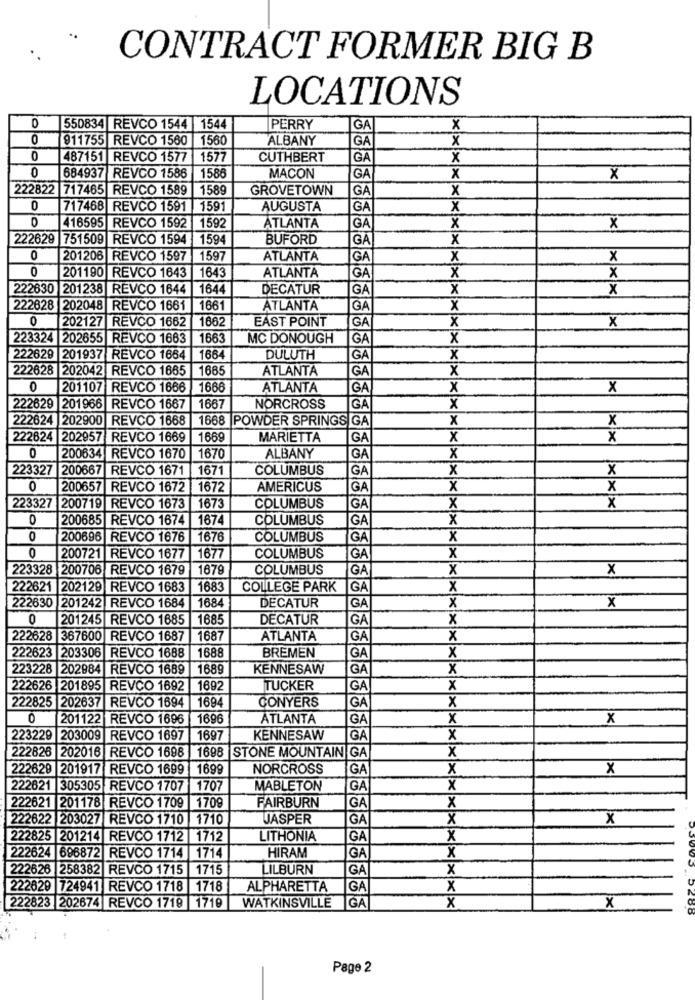
CONTRACT FORMER BIG B
LOCATIONS
0
550834 REVCO 1544 1544
PERRY
GA
X
0
911755 REVCO 1560 1560
ALBANY
GA
x
0
487151 REVCO 1577
1577
CUTHBERT
GA
X
0
684937 REVCO 1586
1586
MACON
GA
x
X
222822 717465 REVCO 1589
1589
GROVETOWN
GA
X
0
717468 REVCO 1591 1591
AUGUSTA
GA
x
0
416595 REVCO 1592 1592
ATLANTA
GA
x
X
222629 751509 REVCO 1594
1594
BUFORD
GA
X
0
201206 REVCO 1597
| 1597
ATLANTA
GA
x
x
0
201190 REVCO 1643
1643
ATLANTA
X
GA
x
222630 201238 REVCO 1644
1644
DECATUR
GA
x
x
222628 202048 REVCO 1661 1661
ATLANTA
GA
X
202127 REVCO 1662
1662
EAST POINT
GA
x
0
X
223324 202655 REVCO 1663
1663
MC DONOUGH
GA
x
222629 201937 REVCO 1664
166
DULUTH
GA
x
222628 202042 REVCO 1665
1665
ATLANTA
GA
x
0
201107 REVCO 1666
1666
ATLANTA
GA
x
x
222629 201966 REVCO 1667
1667
NORCROSS
GA
x
222624 202900 REVCO 1668
1668
POWDER SPRINGS GA
x
X
222624 202957 REVCO 1669
1669
MARIETTA
GA
X
x
0
200634|REVCO 1670
1670
ALBANY
GA
x
223327
200667 REVCO 1671
1671
COLUMBUS
GA
x
x
0
200657 REVCO 1672 1672
AMERICUS
GA
x
x
223327
200719 REVCO 1673
1673
COLUMBUS
GA
x
x
0
200685 REVCO 1674
1674
COLUMBUS
GA
X
0
200696 REVCO 1676 1676
COLUMBUS
GA
x
0
200721 REVCO 1677
1677
COLUMBUS
GA
x
223328 200706 REVCO 1679
1679
COLUMBUS
GA
X
x
222621 202129 REVCO 1683
1683
COLLEGE PARK
GA
X
DECATUR
GA
x
x
222630 201242 REVCO 1684
1684
0
201245 REVCO 1685
1685
DECATUR
GA
x
222628 367600 REVCO 1687
1687
ATLANTA
GA
x
1688
BREMEN
x
222623 203306 REVCO 1688
GA
223228
202984 REVCO 1689
1689
KENNESAW
GA
x
222626 201895 REVCO 1692
1692
TUCKER
GA
x
CONYERS
x
222825 202637 REVCO 1694
1694
GA
0
201122 REVCO 1696
1696
ATLANTA
GA
x
x
223229
203009
REVCO 1697
1697
KENNESAW
GA
X
x
222826 202016 REVCO 1698
1698 STONE MOUNTAIN GA
222629 201917 REVCO 1699
1699
NORCROSS
GA
x
X
222621 305305 REVCO 1707 1707
MABLETON
GA
X
x
222621 201178 REVCO 1709 1709
FAIRBURN
GA
222622 203027 REVCO 1710 1710
JASPER
GA
x
X
222825 |201214 REVCO 1712 1712
LITHONIA
GA
X
X
222624 696872 REVCO 1714 1714
HIRAM
GA
222626 258382 REVCO 1715 1715
LILBURN
GA
x
222629 724941 REVCO 1718 1718
ALPHARETTA
GA
x
WATKINSVILLE
IGA
x
X
222823 202674 REVCO 1718 1719
Page 2